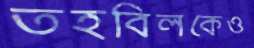
তহবিলকেও